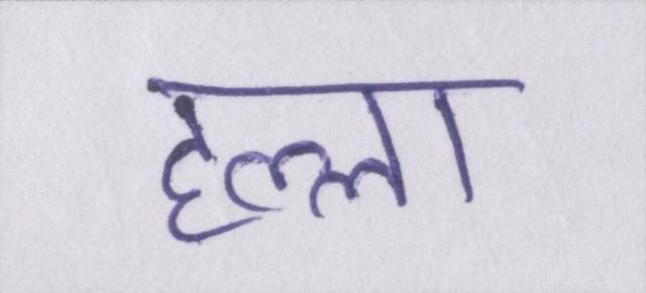
हल्ला